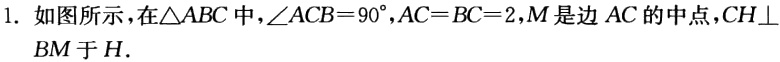
1. 如图所示，在\(\triangle ABC\)中，\(\angle ACB = 90^{\circ},AC = BC = 2,M\)是边\(AC\)的中点，\(CH\perp BM\)于\(H\)．